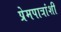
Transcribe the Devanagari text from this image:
प्रेमपात्रांशी